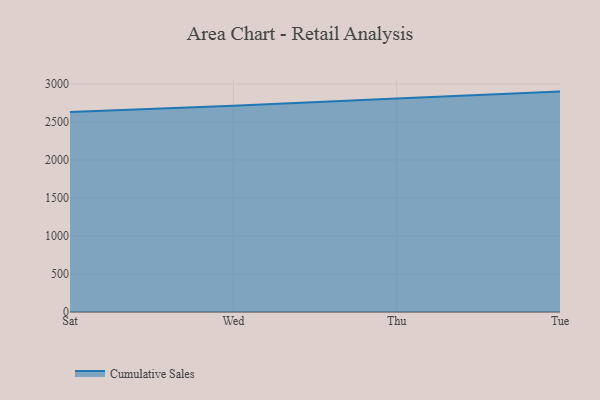
{"axis": {"x": "Day", "y": "Customer Acquisition Cost (USD)"}, "legend": ["Cumulative Sales"], "data": [{"x": "Sat", "y": 2633.3, "type": "Cumulative Sales"}, {"x": "Wed", "y": 2713.7, "type": "Cumulative Sales"}, {"x": "Thu", "y": 2808.5, "type": "Cumulative Sales"}, {"x": "Tue", "y": 2900.1, "type": "Cumulative Sales"}]}